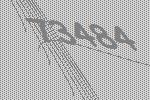
73484